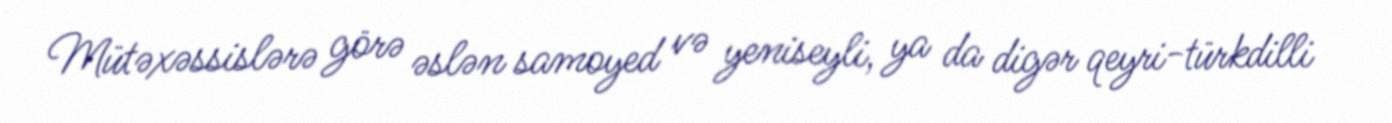
Mütəxəssislərə görə əslən samoyed və yeniseyli, ya da digər qeyri-türkdilli